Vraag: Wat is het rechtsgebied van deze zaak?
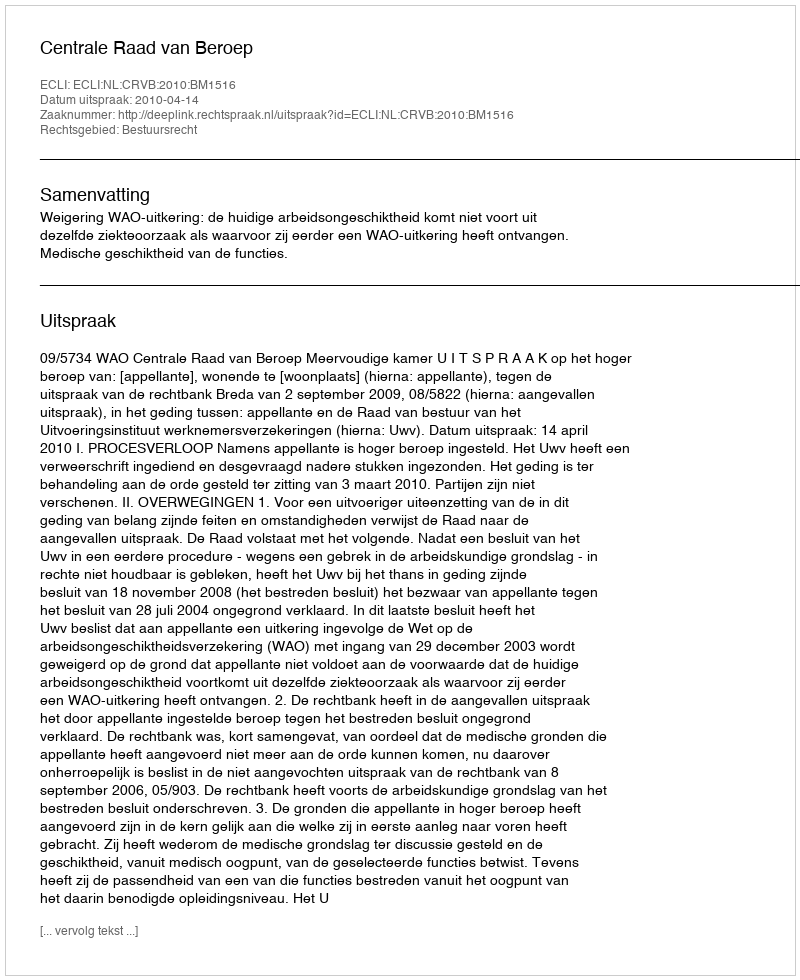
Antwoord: Bestuursrecht